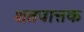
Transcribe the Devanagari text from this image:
शतवात्तक